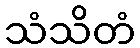
သံသိတံ